Destruction of fleas by exposure to the sun - Number 40
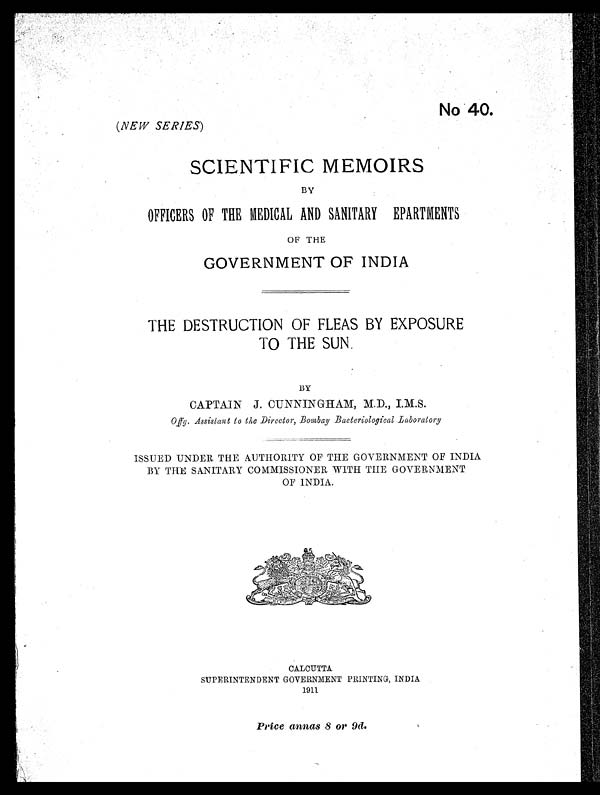
No 40.
(NEW SERIES)
SCIENTIFIC MEMOIRS
BY
OFFICERS OF THE MEDICAL AND SANITARY EPARTMENTS
OF THE
GOVERNMENT OF INDIA
THE DESTRUCTION OF FLEAS BY EXPOSURE
TO THE SUN
BY
CAPTAIN J. CUNNINGHAM, M.D., I.M.S.
Offg. Assistant to the Director, Bombay Bacteriological Laboratory
ISSUED UNDER THE AUTHORITY OF THE GOVERNMENT OF INDIA
BY THE SANITARY COMMISSIONER WITH THE GOVERNMENT
OF INDIA.
CALCUTTA
SUPERINTENDENT GOVERNMENT PRINTING, INDIA
1911
Price annes 8 or 9d.
Price arenas 8 or 9(1.